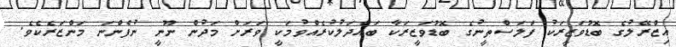
އިޒްރޭލުގެ ބޮޑުވަޒީރަކު ފަލަސްތީނުގެ ބޮޑުވަޒީރަކާ ބައްދަލުކުރެއްވުމަކީ ވަރަށް މަދުން ނޫނީ ނުފެންނަ މަންޒަރެކެވެ.